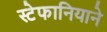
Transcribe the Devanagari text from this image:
स्टेफानियाने